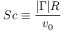
S c \equiv { \frac { | \Gamma | R } { v _ { 0 } } }